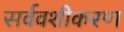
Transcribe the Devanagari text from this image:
सर्ववशीकरण